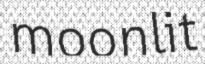
moonlit